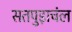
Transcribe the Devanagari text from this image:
सतपुड़ाचंल